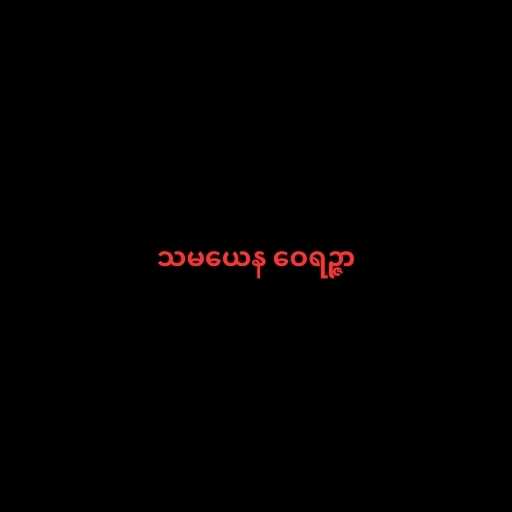
သမယေန ဝေရဉ္ဇာ